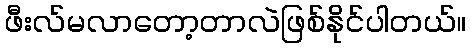
ဖီးလ်မလာတော့တာလဲဖြစ်နိုင်ပါတယ်။